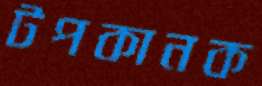
টপকানক